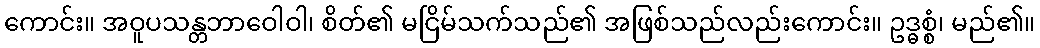
ကောင်း။ အဝူပသန္တဘာဝေါဝါ၊ စိတ်၏ မငြိမ်သက်သည်၏ အဖြစ်သည်လည်းကောင်း။ ဥဒ္ဓစ္စံ၊ မည်၏။